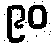
၉၀